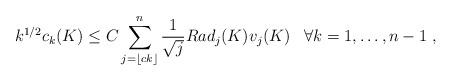
LaTeX: \begin{align*}k^{1/2} c_{k}(K) \leq C \sum_{j=\lfloor c k \rfloor}^n \frac{1}{\sqrt{j}} Rad_j(K) v_j(K) \;\;\; \forall k = 1,\ldots,n-1 ~,\end{align*}